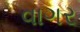
વાગર